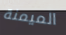
الميمنة